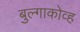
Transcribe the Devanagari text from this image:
बुल्गाकोव्ह